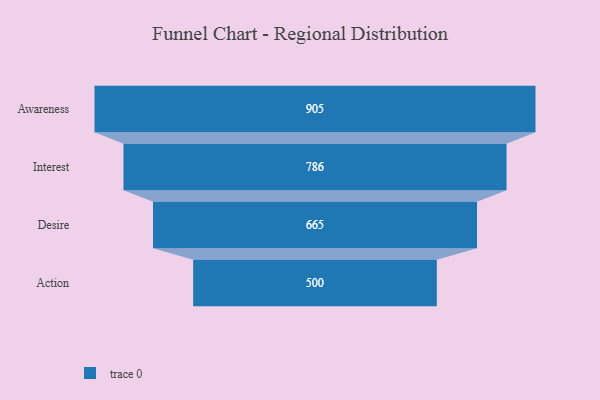
{"axis": {"x": "Stage", "y": "Value"}, "legend": [""], "data": [{"x": "Awareness", "y": 905.0, "type": ""}, {"x": "Interest", "y": 786.0, "type": ""}, {"x": "Desire", "y": 665.0, "type": ""}, {"x": "Action", "y": 500, "type": ""}]}